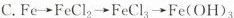
C.$$Fe\rightarrow FeCl_{2}\rightarrow FeCl_{3}\rightarrow Fe(OH)_{3}$$